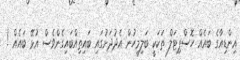
އިންޑިއާގެ ބައެއް ހޮސްޕިޓަލް ތަކަކީ ބަލިމީހުން އެދުދަށުގައި ބައިތިއްބައިގެންވެސް އުޅޭ ބައެއް !